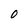
Character: O